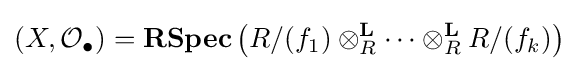
(X,{\mathcal {O}}_{\bullet })=\mathbf {RSpec} \left(R/(f_{1})\otimes _{R}^{\mathbf {L} }\cdots \otimes _{R}^{\mathbf {L} }R/(f_{k})\right)